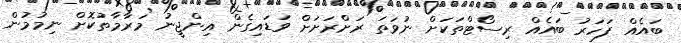
ބައެއް ފަހަރު ބައެއް ރިސޯޓްތަކަށް ނުވަތަ ރަށްރަށަށް ވަަޑައިގެން އިންޖީނު މަރާމާތުކޮށް ނިމުމުން